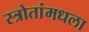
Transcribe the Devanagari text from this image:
स्त्रोतांमधला